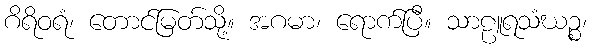
ဂိရိဝရံ၊ တောင်မြတ်သို့။ အဂမာ၊ ရောက်ပြီ။ သာဠူရသံဃဉ္စ၊